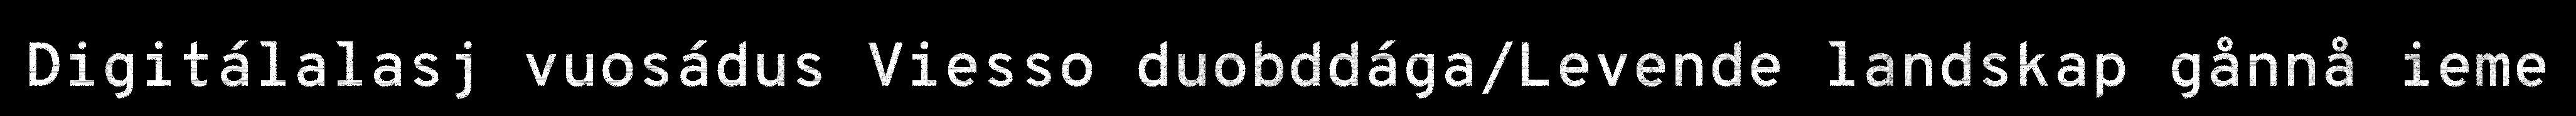
Digitálalasj vuosádus Viesso duobddága/Levende landskap gånnå ieme